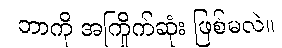
ဘာကို အကြိုက်ဆုံး ဖြစ်မလဲ။